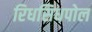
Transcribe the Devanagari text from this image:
रिधसिधपोल